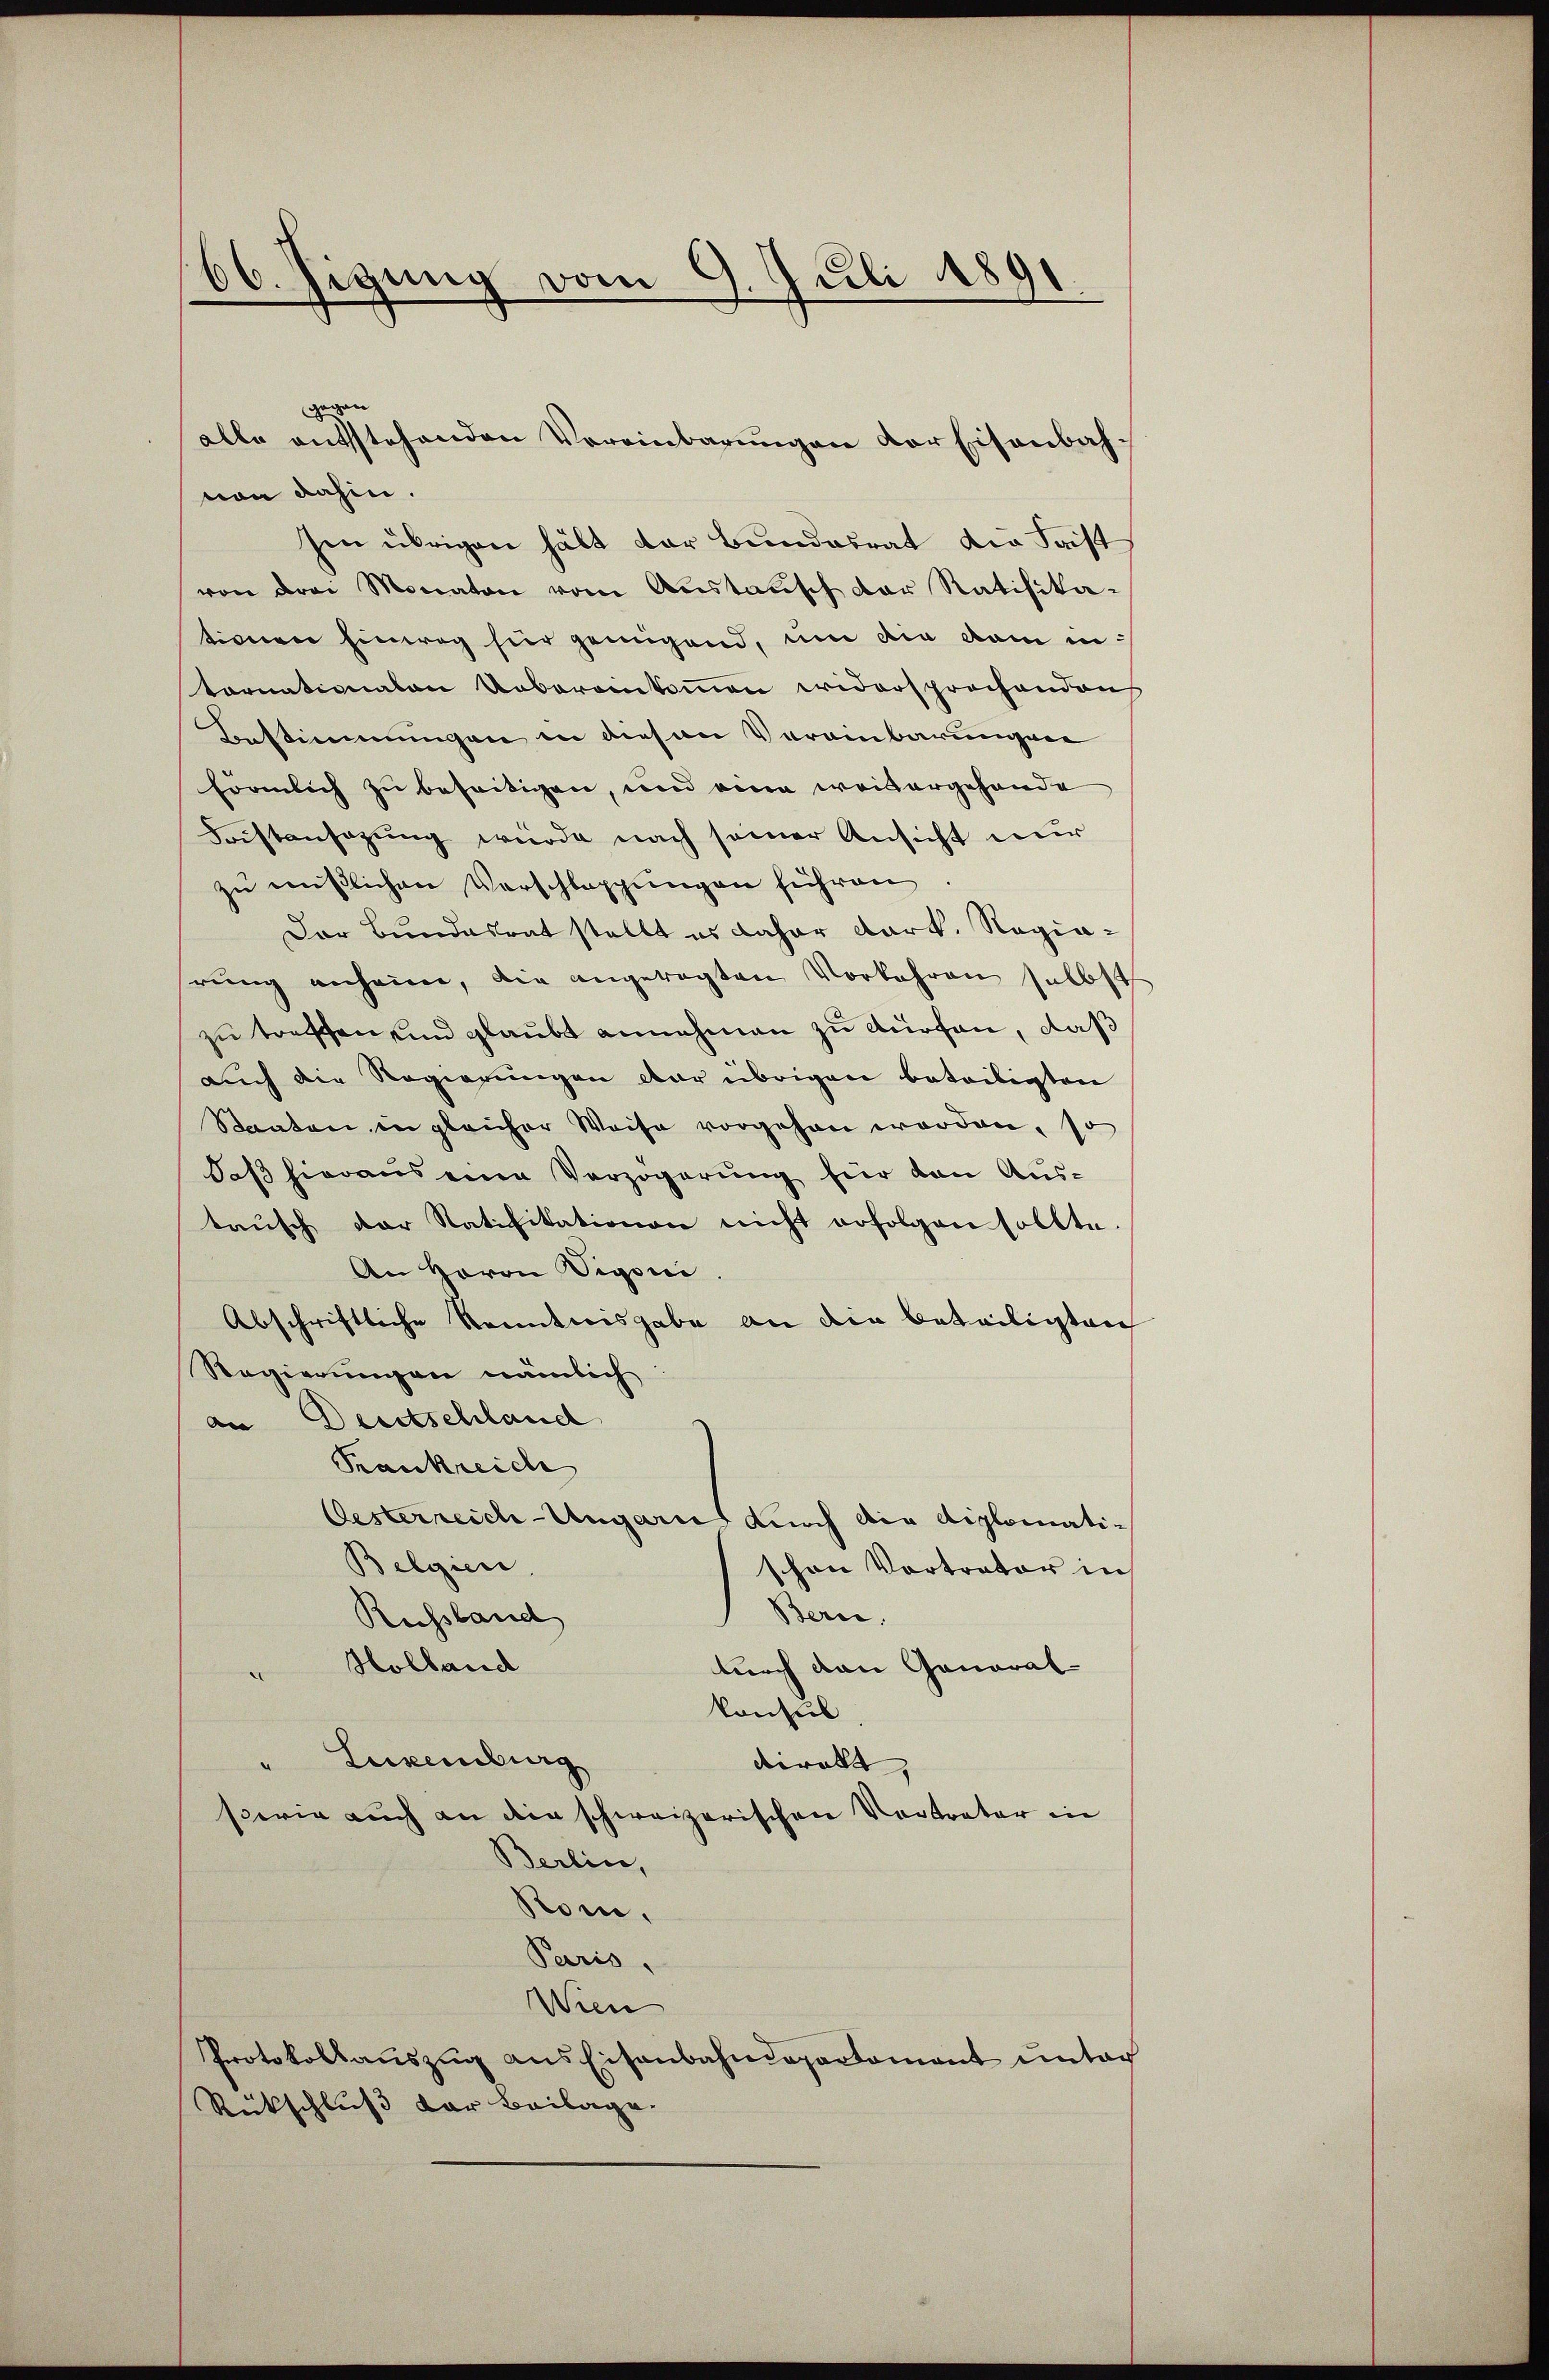
66. Jizung vom 9. Juli 1891

gegen
von dahin.
sen übrigen hält der Bundesrat die Frist
von drei Monaten vom Anstanisch der Ratifika-
tiverer Einweg hier genügend, um die kam in
tornationalen Ueberamkoṁen widersprochenden
Bestimmungen in diesen Vereinbarungene
förmlich zu beseitigen, und eine weitergehande
Fristansazung würde nach seiner Ansicht nur
zu mißlichen Vorschleppungen führen
Der Bundesrat stellt es daher dark. Ragiarŭng anheim, die angetragten Vorkehren selbst
zu treffen und glaubt annehmen zu dürfen, daß
auch die Regierungen dar übrigen beteiligten
Staaten in gleicher Weise vorgehen werden, so
daß hieraus eine Verzögerung für den Austaŭsch der Ratifikationen nicht erfolgen sollte.
An Herrn Vigoni.
Abschriftliche Renntnisgabe an die beteiligten
Regierungen nämlich
an Deutschland
Krankreiche
Oesterreich-Ungarn durch die diplomati¬
Belgier
schon Vortrator in
Bern.
Russland
Holland
durch den General-
.
konsul
"Luxenburg
viralt,
serie auch an die schweizerischen Vertrater in
Berlin,
Kom.
Paris,
Wien
Protokollauszug aus Eisenbahndepartement unter
Rückschluß der Beilage.

alle entstehenden Vereinbarungen der Eisenbah¬